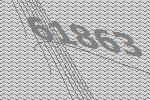
61863